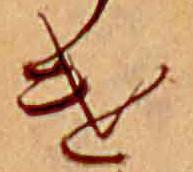
け